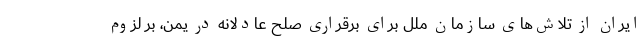
ایران از تلاش‌های سازمان ملل برای برقراری صلح عادلانه در یمن، بر لزوم